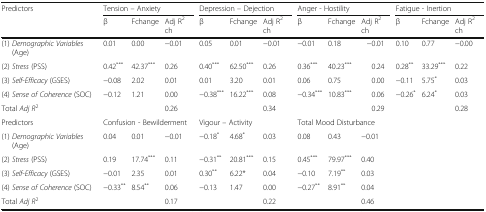
<table><thead><tr><td><b>Predictors</b></td><td colspan="3"><b>Tension – Anxiety</b></td><td colspan="3"><b>Depression – Dejection</b></td><td colspan="3"><b>Anger - Hostility</b></td><td colspan="3"><b>Fatigue - Inertion</b></td></tr><tr><td></td><td><b>β</b></td><td><b>Fchange</b></td><td><b>Adj R<sup>2</sup> ch</b></td><td><b>β</b></td><td><b>Fchange</b></td><td><b>Adj R<sup>2</sup> ch</b></td><td><b>β</b></td><td><b>Fchange</b></td><td><b>Adj R<sup>2</sup> ch</b></td><td><b>β</b></td><td><b>Fchange</b></td><td><b>Adj R<sup>2</sup> ch</b></td></tr></thead><tbody><tr><td>(1) <i>Demographic Variables</i> (Age)</td><td>0.01</td><td>0.00</td><td>−0.01</td><td>0.05</td><td>0.01</td><td>−0.01</td><td>−0.01</td><td>0.18</td><td>−0.01</td><td>0.10</td><td>0.77</td><td>−0.00</td></tr><tr><td>(2) <i>Stress</i> (PSS)</td><td>0.42<sup>***</sup></td><td>42.37<sup>***</sup></td><td>0.26</td><td>0.40<sup>***</sup></td><td>62.50<sup>***</sup></td><td>0.26</td><td>0.36<sup>***</sup></td><td>40.23<sup>***</sup></td><td>0.24</td><td>0.28<sup>**</sup></td><td>33.29<sup>***</sup></td><td>0.22</td></tr><tr><td>(3) <i>Self-Efficacy</i> (GSES)</td><td>−0.08</td><td>2.02</td><td>0.01</td><td>0.01</td><td>3.20</td><td>0.01</td><td>0.06</td><td>0.75</td><td>0.00</td><td>−0.11</td><td>5.75<sup>*</sup></td><td>0.03</td></tr><tr><td>(4) <i>Sense of Coherence</i> (SOC)</td><td>−0.12</td><td>1.21</td><td>0.00</td><td>−0.38<sup>***</sup></td><td>16.22<sup>***</sup></td><td>0.08</td><td>−0.34<sup>***</sup></td><td>10.83<sup>***</sup></td><td>0.06</td><td>−0.26<sup>*</sup></td><td>6.24<sup>*</sup></td><td>0.03</td></tr><tr><td>Total <i>Adj R</i><sup>2</sup></td><td></td><td></td><td>0.26</td><td></td><td></td><td>0.34</td><td></td><td></td><td>0.29</td><td></td><td></td><td>0.28</td></tr><tr><td>Predictors</td><td colspan="3">Confusion - Bewilderment</td><td colspan="3">Vigour – Activity</td><td colspan="6">Total Mood Disturbance</td></tr><tr><td>(1) <i>Demographic Variables</i> (Age)</td><td>0.04</td><td>0.01</td><td>−0.01</td><td>−0.18<sup>*</sup></td><td>4.68<sup>*</sup></td><td>0.03</td><td>0.08</td><td>0.43</td><td colspan="4">−0.01</td></tr><tr><td>(2) <i>Stress</i> (PSS)</td><td>0.19</td><td>17.74<sup>***</sup></td><td>0.11</td><td>−0.31<sup>**</sup></td><td>20.81<sup>***</sup></td><td>0.15</td><td>0.45<sup>***</sup></td><td>79.97<sup>***</sup></td><td colspan="4">0.40</td></tr><tr><td>(3) <i>Self-Efficacy</i> (GSES)</td><td>−0.01</td><td>2.35</td><td>0.01</td><td>0.30<sup>**</sup></td><td>6.22*</td><td>0.04</td><td>−0.10</td><td>7.19<sup>**</sup></td><td colspan="4">0.03</td></tr><tr><td>(4) <i>Sense of Coherence</i> (SOC)</td><td>−0.33<sup>**</sup></td><td>8.54<sup>**</sup></td><td>0.06</td><td>−0.13</td><td>1.47</td><td>0.00</td><td>−0.27<sup>**</sup></td><td>8.91<sup>**</sup></td><td colspan="4">0.04</td></tr><tr><td>Total <i>Adj R</i><sup>2</sup></td><td></td><td></td><td>0.17</td><td></td><td></td><td>0.22</td><td></td><td></td><td colspan="4">0.46</td></tr></tbody></table>